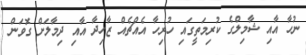
ނުހާ އާއި ޝާމިލްގެ ކުރިމަތީގައި ހުރިހާ އެއްޗެއް ޒާހިދާ އާއި ދިމާލަށް ގޮވަން